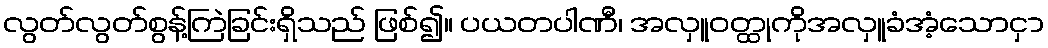
လွတ်လွတ်စွန့်ကြဲခြင်းရှိသည် ဖြစ်၍။ ပယတပါဏီ၊ အလှူဝတ္ထုကိုအလှူခံအံ့သောငှာ